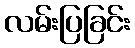
လမ်းပြခြင်း